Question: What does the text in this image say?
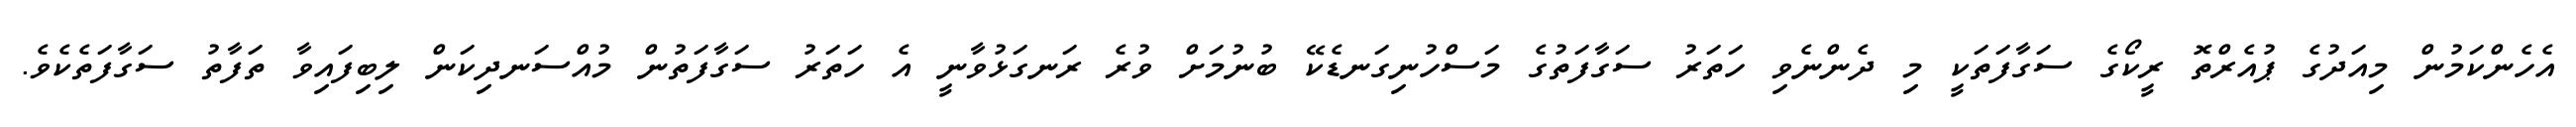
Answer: އެހެންކަމުން މިއަދުގެ ޕުއެރްތޮ ރީކޯގެ ސަގާފަތަކީ މި ދެންނެވި ހަތަރު ސަގާފަތުގެ މަސްހުނިގަނޑެކޭ ބުނުމަށް ވުރެ ރަނގަޅުވާނީ އެ ހަތަރު ސަގާފަތުން މުއްސަނދިކަން ލިބިފައިވާ ތަފާތު ސަގާފަތެކެވެ.